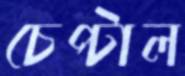
চেপ্‌টাল